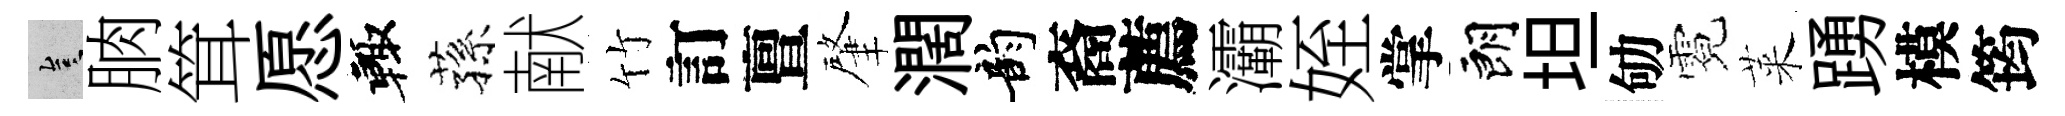
豈朒䇯愿輙蓀献竹訂亶肇濶韵裔薦灞姪掌朗坦劬霓萊踴模筠